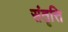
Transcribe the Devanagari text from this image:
संतृत्ति